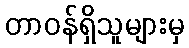
တာဝန်ရှိသူများမှ